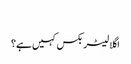
‬
‫اگلا لیٹر بکس کہیں ہے؟